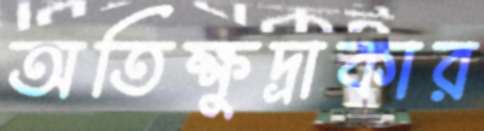
অতিক্ষুদ্রাকার